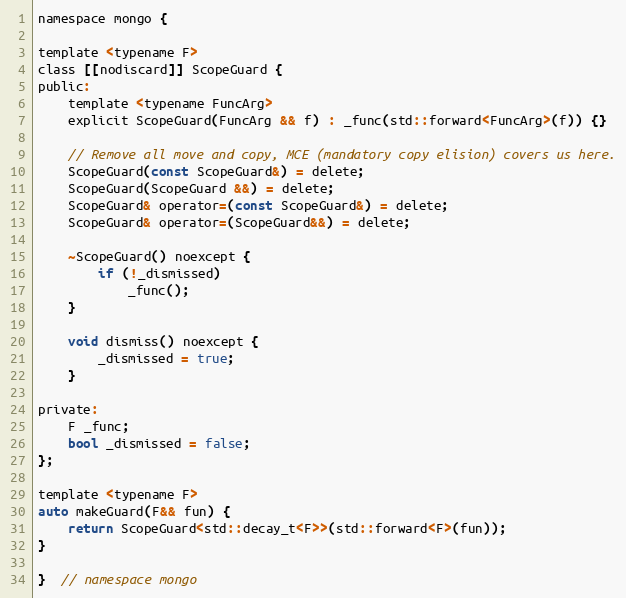
Language: C
namespace mongo {

template <typename F>
class [[nodiscard]] ScopeGuard {
public:
    template <typename FuncArg>
    explicit ScopeGuard(FuncArg && f) : _func(std::forward<FuncArg>(f)) {}

    // Remove all move and copy, MCE (mandatory copy elision) covers us here.
    ScopeGuard(const ScopeGuard&) = delete;
    ScopeGuard(ScopeGuard &&) = delete;
    ScopeGuard& operator=(const ScopeGuard&) = delete;
    ScopeGuard& operator=(ScopeGuard&&) = delete;

    ~ScopeGuard() noexcept {
        if (!_dismissed)
            _func();
    }

    void dismiss() noexcept {
        _dismissed = true;
    }

private:
    F _func;
    bool _dismissed = false;
};

template <typename F>
auto makeGuard(F&& fun) {
    return ScopeGuard<std::decay_t<F>>(std::forward<F>(fun));
}

}  // namespace mongo